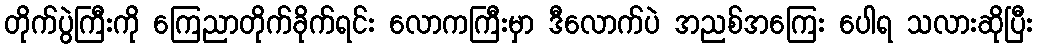
တိုက်ပွဲကြီးကို ကြေညာတိုက်ခိုက်ရင်း လောကကြီးမှာ ဒီလောက်ပဲ အညစ်အကြေး ပေါရ သလားဆိုပြီး